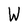
Character: W